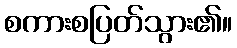
စကားစပြတ်သွား၏။